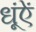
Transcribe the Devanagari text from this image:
धूंऐं